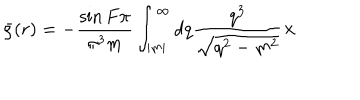
\bar { \rho } ( r ) = - \frac { \sin F \pi } { { \pi } ^ { 3 } m } \int _ { | m | } ^ { \infty } d q \frac { q ^ { 3 } } { \sqrt { q ^ { 2 } - m ^ { 2 } } } \times